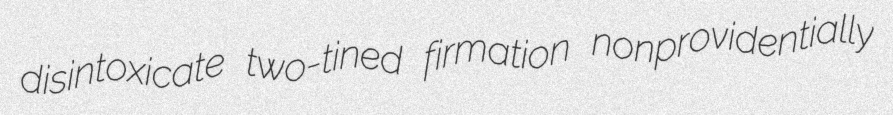
disintoxicate two-tined firmation nonprovidentially